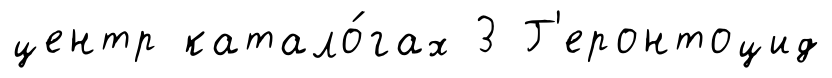
центр катало́гах 3 Г'еронтоцид